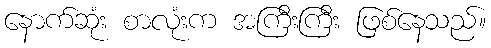
နောက်ဆုံး စာလုံးက အကြီးကြီး ဖြစ်နေသည်။